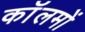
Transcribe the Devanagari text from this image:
काॅलमों